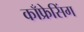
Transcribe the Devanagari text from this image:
काँफ्रेसिंग